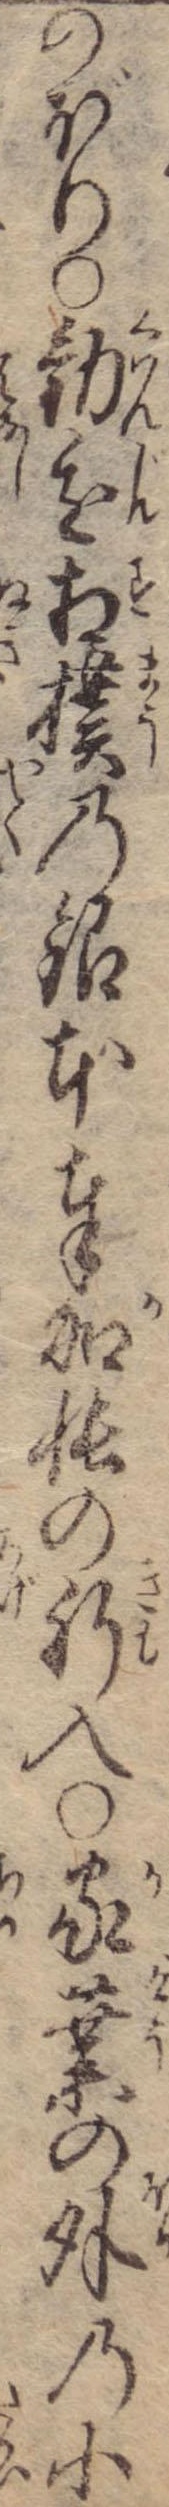
のぼり〇勧進相撲の銀本奉加帳の肝入〇家業の外の小